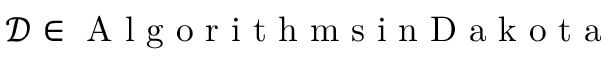
\mathcal { D } \in { \mathrm { ~ A ~ l ~ g ~ o ~ r ~ i ~ t ~ h ~ m ~ s ~ i ~ n ~ D ~ a ~ k ~ o ~ t ~ a ~ } }